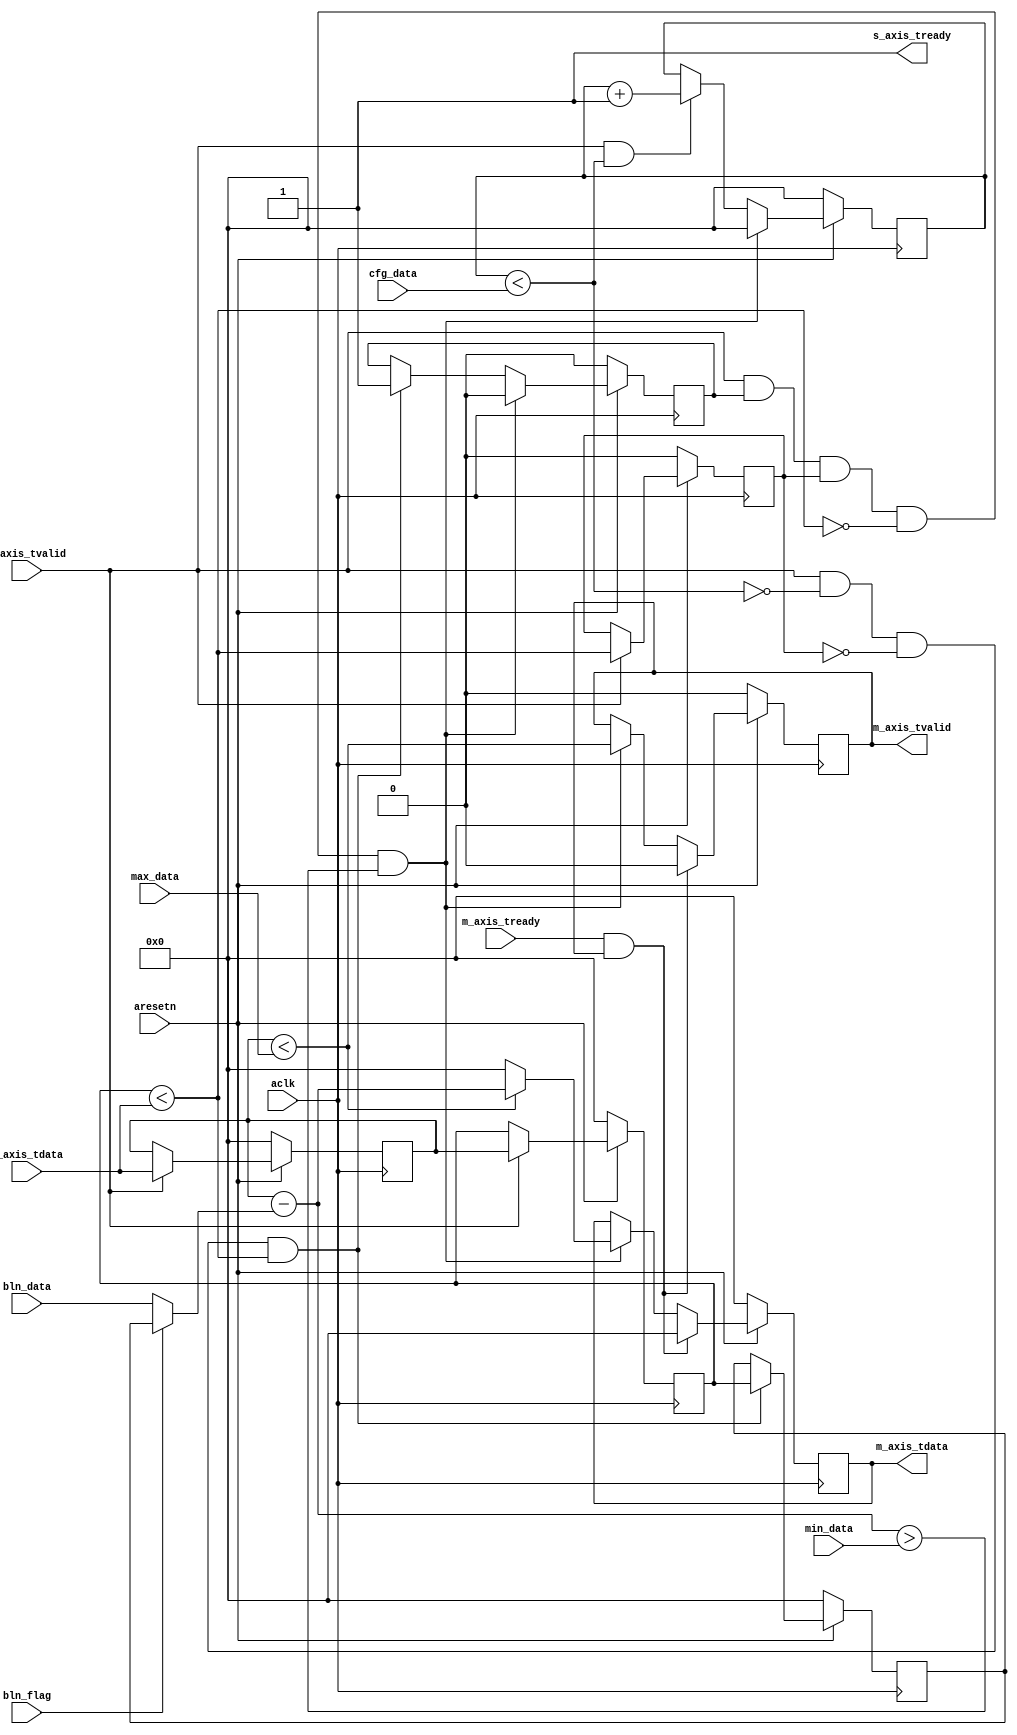
module axis_pulse_height_analyzer #
(
  parameter integer AXIS_TDATA_WIDTH = 16,
  parameter         AXIS_TDATA_SIGNED = "FALSE",
  parameter integer CNTR_WIDTH = 16
)
(
  // System signals
  input  wire                           aclk,
  input  wire                           aresetn,

  input  wire                           bln_flag,
  input  wire [AXIS_TDATA_WIDTH-1:0]    bln_data,
  input  wire [CNTR_WIDTH-1:0]          cfg_data,
  input  wire [AXIS_TDATA_WIDTH-1:0]    min_data,
  input  wire [AXIS_TDATA_WIDTH-1:0]    max_data,

  // Slave side
  output wire                           s_axis_tready,
  input  wire [AXIS_TDATA_WIDTH-1:0]    s_axis_tdata,
  input  wire                           s_axis_tvalid,

  // Master side
  input  wire                           m_axis_tready,
  output wire [AXIS_TDATA_WIDTH-1:0]    m_axis_tdata,
  output wire                           m_axis_tvalid
);
  reg [AXIS_TDATA_WIDTH-1:0] int_data_reg[1:0], int_data_next[1:0];
  reg [AXIS_TDATA_WIDTH-1:0] int_min_reg, int_min_next;
  reg [AXIS_TDATA_WIDTH-1:0] int_tdata_reg, int_tdata_next;
  reg [CNTR_WIDTH-1:0] int_cntr_reg, int_cntr_next;
  reg int_enbl_reg, int_enbl_next;
  reg int_rising_reg, int_rising_next;
  reg int_tvalid_reg, int_tvalid_next;

  wire [AXIS_TDATA_WIDTH-1:0] int_tdata_wire, int_min_wire;
  wire int_mincut_wire, int_maxcut_wire, int_rising_wire, int_delay_wire;

  assign int_delay_wire = int_cntr_reg < cfg_data;
  assign int_min_wire = bln_flag ? int_min_reg : bln_data;

  generate
    if(AXIS_TDATA_SIGNED == "TRUE")
    begin : SIGNED
      assign int_rising_wire = $signed(int_data_reg[1]) < $signed(s_axis_tdata);
      assign int_tdata_wire = $signed(int_data_reg[0]) - $signed(int_min_wire);
      assign int_mincut_wire = $signed(int_tdata_wire) > $signed(min_data);
      assign int_maxcut_wire = $signed(int_data_reg[0]) < $signed(max_data);
    end
    else
    begin : UNSIGNED
      assign int_rising_wire = int_data_reg[1] < s_axis_tdata;
      assign int_tdata_wire = int_data_reg[0] - int_min_wire;
      assign int_mincut_wire = int_tdata_wire > min_data;
      assign int_maxcut_wire = int_data_reg[0] < max_data;
    end
  endgenerate

  always @(posedge aclk)
  begin
    if(~aresetn)
    begin
      int_data_reg[0] <= {(AXIS_TDATA_WIDTH){1'b0}};
      int_data_reg[1] <= {(AXIS_TDATA_WIDTH){1'b0}};
      int_tdata_reg <= {(AXIS_TDATA_WIDTH){1'b0}};
      int_min_reg <= {(AXIS_TDATA_WIDTH){1'b0}};
      int_cntr_reg <= {(CNTR_WIDTH){1'b0}};
      int_enbl_reg <= 1'b0;
      int_rising_reg <= 1'b0;
      int_tvalid_reg <= 1'b0;
    end
    else
    begin
      int_data_reg[0] <= int_data_next[0];
      int_data_reg[1] <= int_data_next[1];
      int_tdata_reg <= int_tdata_next;
      int_min_reg <= int_min_next;
      int_cntr_reg <= int_cntr_next;
      int_enbl_reg <= int_enbl_next;
      int_rising_reg <= int_rising_next;
      int_tvalid_reg <= int_tvalid_next;
    end
  end

  always @*
  begin
    int_data_next[0] = int_data_reg[0];
    int_data_next[1] = int_data_reg[1];
    int_tdata_next = int_tdata_reg;
    int_min_next = int_min_reg;
    int_cntr_next = int_cntr_reg;
    int_enbl_next = int_enbl_reg;
    int_rising_next = int_rising_reg;
    int_tvalid_next = int_tvalid_reg;

    if(s_axis_tvalid)
    begin
      int_data_next[0] = s_axis_tdata;
      int_data_next[1] = int_data_reg[0];
      int_rising_next = int_rising_wire;
    end

    if(s_axis_tvalid & int_delay_wire)
    begin
      int_cntr_next = int_cntr_reg + 1'b1;
    end

    // minimum after delay
    if(s_axis_tvalid & ~int_delay_wire & ~int_rising_reg & int_rising_wire)
    begin
      int_min_next = int_data_reg[1];
      int_enbl_next = 1'b1;
    end

    // maximum after minimum
    if(s_axis_tvalid & int_enbl_reg & int_rising_reg & ~int_rising_wire & int_mincut_wire)
    begin
      int_tdata_next = int_maxcut_wire ? int_tdata_wire : {(AXIS_TDATA_WIDTH){1'b0}};
      int_tvalid_next = int_maxcut_wire;
      int_cntr_next = {(CNTR_WIDTH){1'b0}};
      int_enbl_next = 1'b0;
    end

    if(m_axis_tready & int_tvalid_reg)
    begin
      int_tdata_next = {(AXIS_TDATA_WIDTH){1'b0}};
      int_tvalid_next = 1'b0;
    end
  end

  assign s_axis_tready = 1'b1;
  assign m_axis_tdata = int_tdata_reg;
  assign m_axis_tvalid = int_tvalid_reg;

endmodule